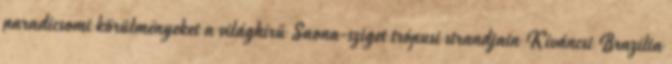
paradicsomi körülményeket a világhírű Saona-sziget trópusi strandjain Kíváncsi Brazília